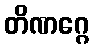
တိဏဂ္ဂေ